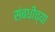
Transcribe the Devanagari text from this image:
संबधीच्या